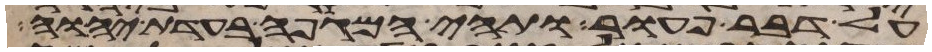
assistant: על דבר פעור ותהי המגפה בעדת יהוה